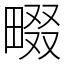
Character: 畷